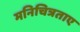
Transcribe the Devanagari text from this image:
मनिचित्रताए